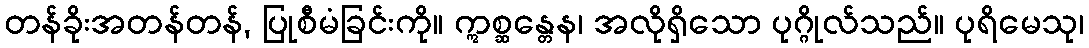
တန်ခိုးအတန်တန်, ပြုစီမံခြင်းကို။ ဣစ္ဆန္တေန၊ အလိုရှိသော ပုဂ္ဂိုလ်သည်။ ပုရိမေသု၊